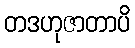
တဒဟုဇာတာပိ